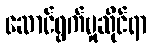
ဆောင်ရွက်မှုဆိုင်ရာ